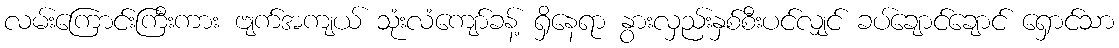
လမ်းကြောင်းကြီးကား ဗျက်အကျယ် သုံးလံကျော်ခန့် ရှိနေရာ နွားလှည်းနှစ်စီးပင်လျှင် ခပ်ချောင်ချောင် ရှောင်သာ